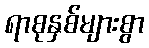
ရာစုနှစ်များစွာ